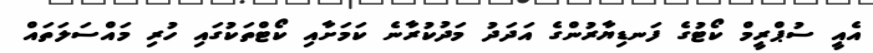
އެއީ ސުޕްރީމް ކޯޓުގެ ފަނޑިޔާރުންގެ އަދަދު މަދުކުރާނެ ކަމަށާއި ކޯޓްތަކުގައި ހުރި މައްސަލަތައް